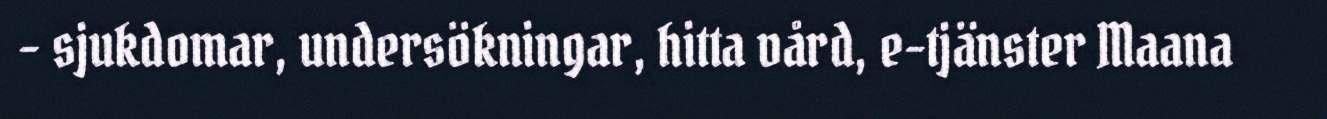
- sjukdomar, undersökningar, hitta vård, e-tjänster Maana